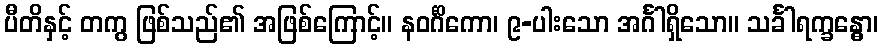
ပီတိနှင့် တကွ ဖြစ်သည်၏ အဖြစ်ကြောင့်။ နဝင်္ဂိကော၊ ၉-ပါးသော အင်္ဂါရှိသော။ သင်္ခါရက္ခန္ဓော၊